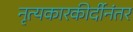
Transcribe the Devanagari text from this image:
नृत्यकारकीर्दीनंतर